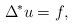
LaTeX: \begin{align*}\Delta^{\!\ast} u=f,\end{align*}